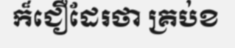
ក៏ជឿដែរថា គ្រប់ខ